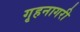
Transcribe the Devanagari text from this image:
गृहनागरी